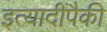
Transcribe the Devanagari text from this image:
इत्यादींपैकी